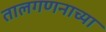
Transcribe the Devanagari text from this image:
तालगणनाच्या